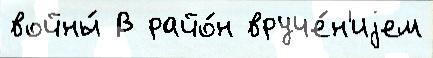
войны́ В райо́н вруче́н'иjем